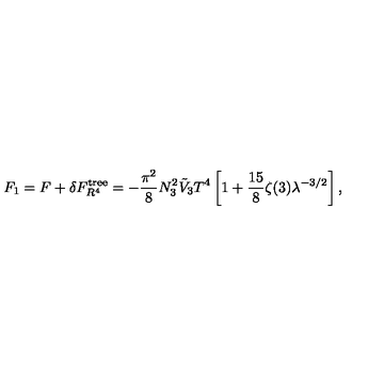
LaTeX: F _ { 1 } = F + \delta F _ { R ^ { 4 } } ^ { \mathrm { t r e e } } = - \frac { \pi ^ { 2 } } { 8 } N _ { 3 } ^ { 2 } \tilde { V } _ { 3 } T ^ { 4 } \left[ 1 + \frac { 1 5 } { 8 } \zeta ( 3 ) \lambda ^ { - 3 / 2 } \right] ,